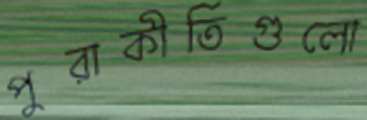
পুরাকীর্তিগুলো